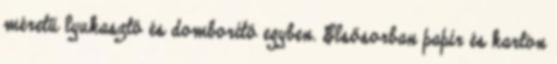
méretű lyukasztó és domborító egyben. Elsősorban papír és karton